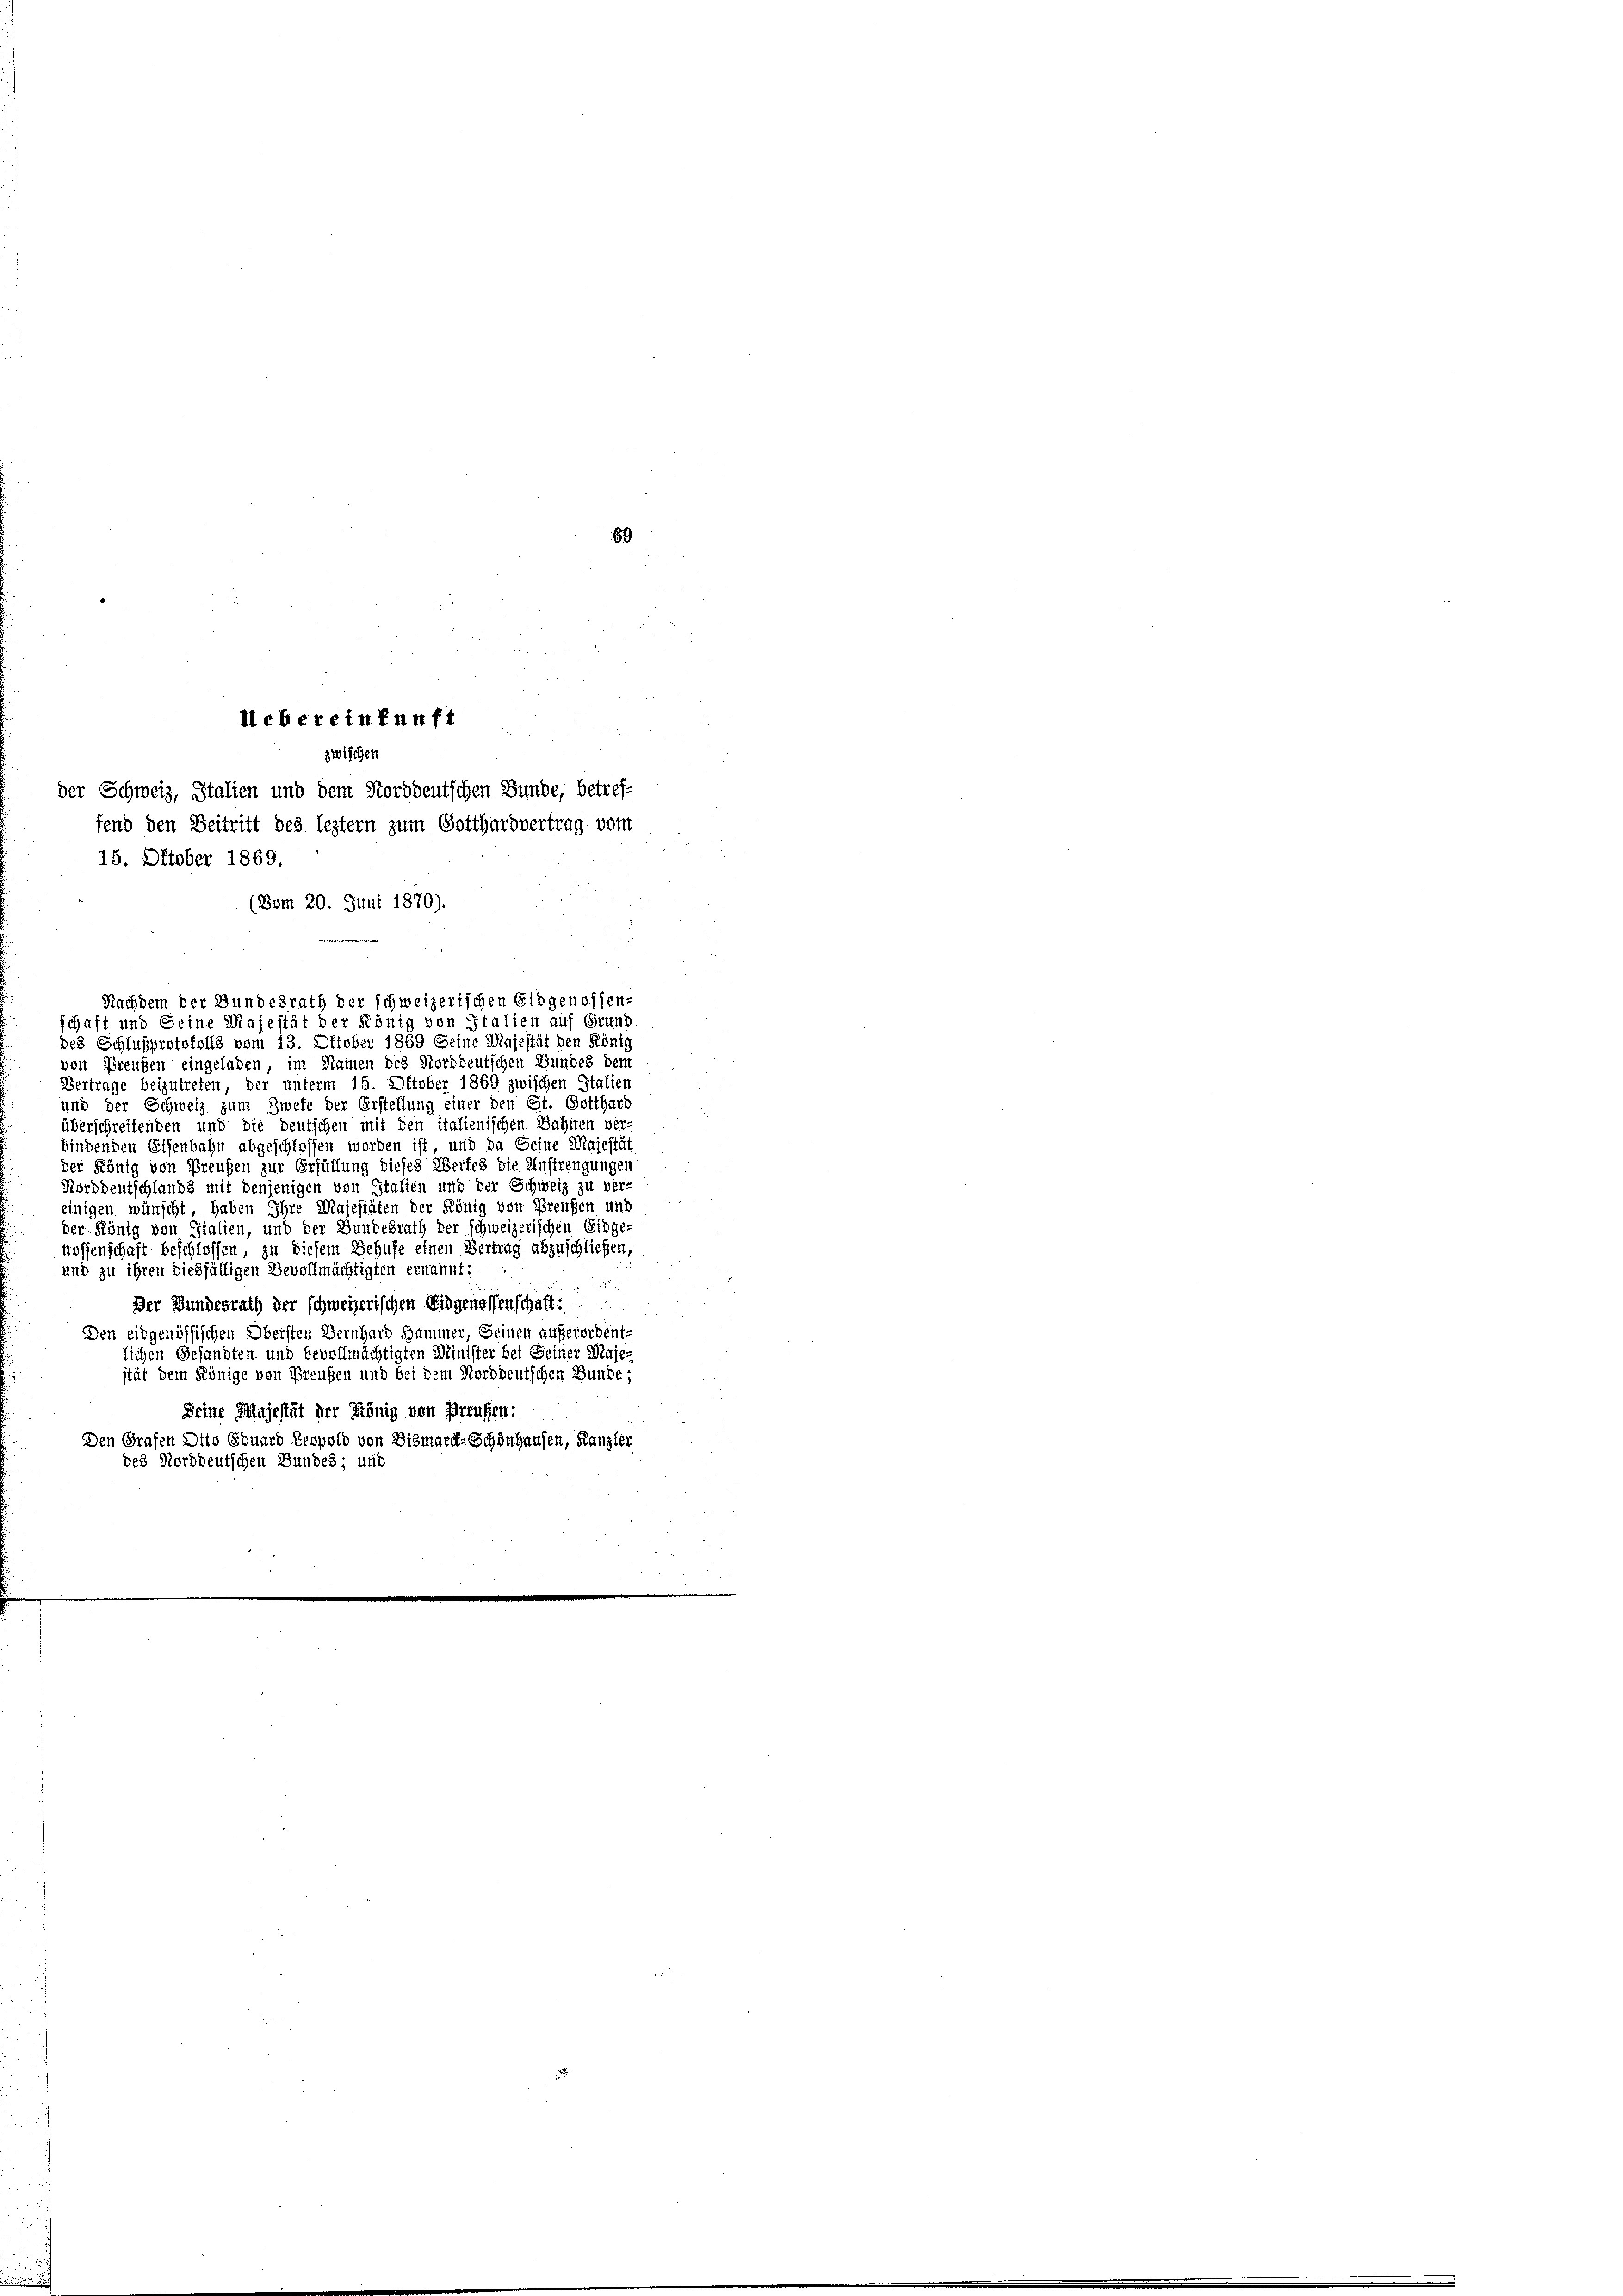
89

liebereinkunft
zwischen
der Schweiz, Italien und dem Norddeutschen Bunde, betref-
fend den Beitritt des leztern zum Gotthardvertrag vom

15. Oktober 1869.
(Vom 20. Juni 1870).

des Schlußprotokolls vom 13. Oktober 1869 Seine Majestät den König
von Preußen eingeladen, im Namen des Norddeutschen Bundes dem
Vertrage beizutreten, der unterm 15. Oktober 1869 zwischen Italien
und der Schweiz zum Zwefe der Erstellung einer den St. Gotthard
überschreitenden und die deutschen mit den italienischen Bahnen ver-
bindenden Eisenbahn abgeschlossen worden ist, und da Seine Majestät
der König von Preußen zur Erfüllung dieses Werfes die Anstrengungen
Norddeutschlands mit denjenigen von Italien und der Schweiz zu ver-
einigen wünscht haben Ihre Majestäten der König von Preußen und
der König von Italien, und der Bundesrath der schweizerischen Eidge-
nossenschaft beschlossen, zu diesem Behufe einen Vertrag abzuschließen,
und zu ihren dießfälligen Bevollmächtigten ernannt:

Der Bundesrath der schweizerischen Eidgenossenschaft:
Den eidgenössischen Obersten Bernhard Sammer, Seinen außersidentlichen Gesandten und bevollmächtigten Minister bei Seiner Maje-
stät dem Könige von Preußen und bei dem Norddeutschen Bunde;
Seine Majestät der König von Preußen:
Den Grafen Dito Eduard Leopold von Bismarck-Schönhausen, Kanzler
des Norddeutschen Bundes; und

Nachdem der Bundesrath der schweizerischen Eidgenossen-
schaft und Seine Majestät der König von Statien auf Grund